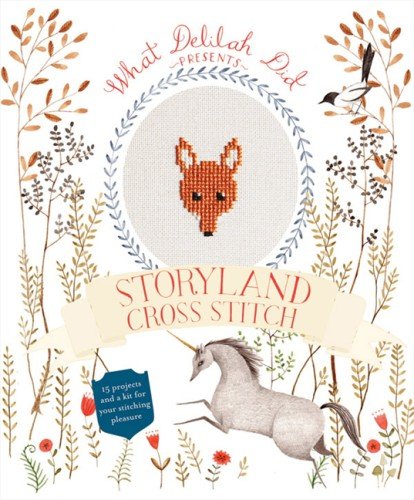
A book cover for Storyland Cross Stitch: 15 Projects and a Free Gift for Your Stitching Pleasure; Sophie Simpson; Crafts, Hobbies & Home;